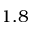
1 . 8